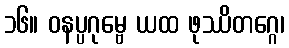
၁၆။ ဝနပ္ပဂုမ္ဗေ ယထ ဖုဿိတဂ္ဂေ၊